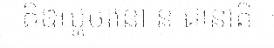
តិឌយ្ហមានោ ន ជានាតិ